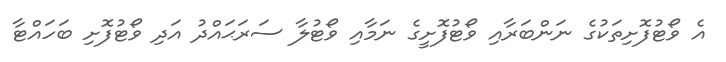
އެ ވޯޓުފޮށިތަކުގެ ނަންބަރާއި ވޯޓުފޮށީގެ ނަމާއި ވޯޓުލާ ސަރަޙައްދު އަދި ވޯޓުފޮށި ބަހައްޓާ